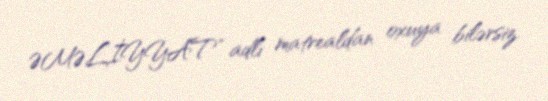
ƏMƏLİYYAT” adlı matrealdan oxuya bilərsiz.